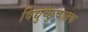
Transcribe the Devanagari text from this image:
विद्युच्छुचालक